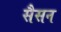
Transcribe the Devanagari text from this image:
सैसन